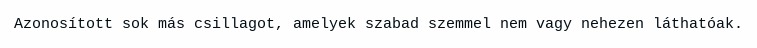
Azonosított sok más csillagot, amelyek szabad szemmel nem vagy nehezen láthatóak.